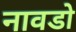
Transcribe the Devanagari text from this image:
नावडो